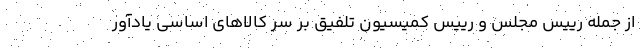
از جمله رییس مجلس و رییس کمیسیون تلفیق بر سر کالاهای اساسی یادآور